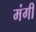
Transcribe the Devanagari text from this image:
मंगी